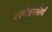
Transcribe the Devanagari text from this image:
वरणेश्वरतीर्थ